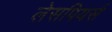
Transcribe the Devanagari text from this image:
लेसपियर्स